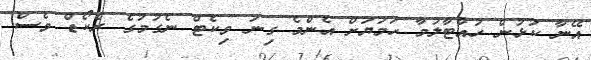
އޭނާ ކުޅުން ހުއްޓާލުމާ ހަމަޔަށް އެންމެ ގިނަ ވިކެޓް ނެގުމުގެ ރެކޯޑް ވެސް